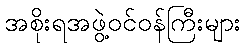
အစိုးရအဖွဲ့ဝင်ဝန်ကြီးများ